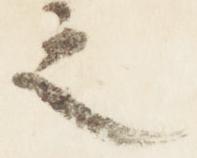
之